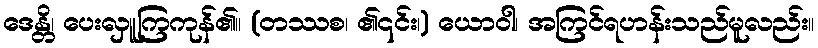
ဒေန္တိ၊ ပေးလှူကြကုန်၏။ (တဿစ၊ ၏၎င်း၊) ယောဝါ၊ အကြင်ရဟန်းသည်မူလည်း။